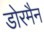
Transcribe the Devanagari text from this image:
डोरमैन